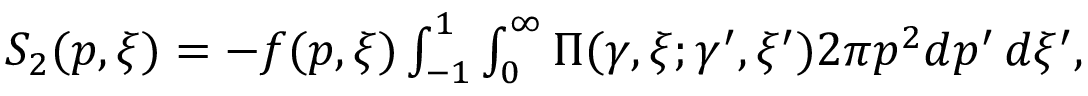
\begin{array} { r } { S _ { 2 } ( p , \xi ) = - f ( p , \xi ) \int _ { - 1 } ^ { 1 } \int _ { 0 } ^ { \infty } \Pi ( \gamma , \xi ; \gamma ^ { \prime } , \xi ^ { \prime } ) 2 \pi p ^ { 2 } d p ^ { \prime } \, d \xi ^ { \prime } , } \end{array}